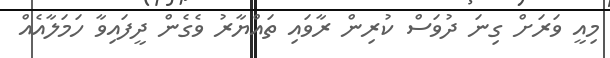
މިއީ ވަރަށް ގިނަ ދުވަސް ކުރިން ރާވައި ތައްޔާރު ވެގެން ދީފައިވާ ހަމަލާއެއް